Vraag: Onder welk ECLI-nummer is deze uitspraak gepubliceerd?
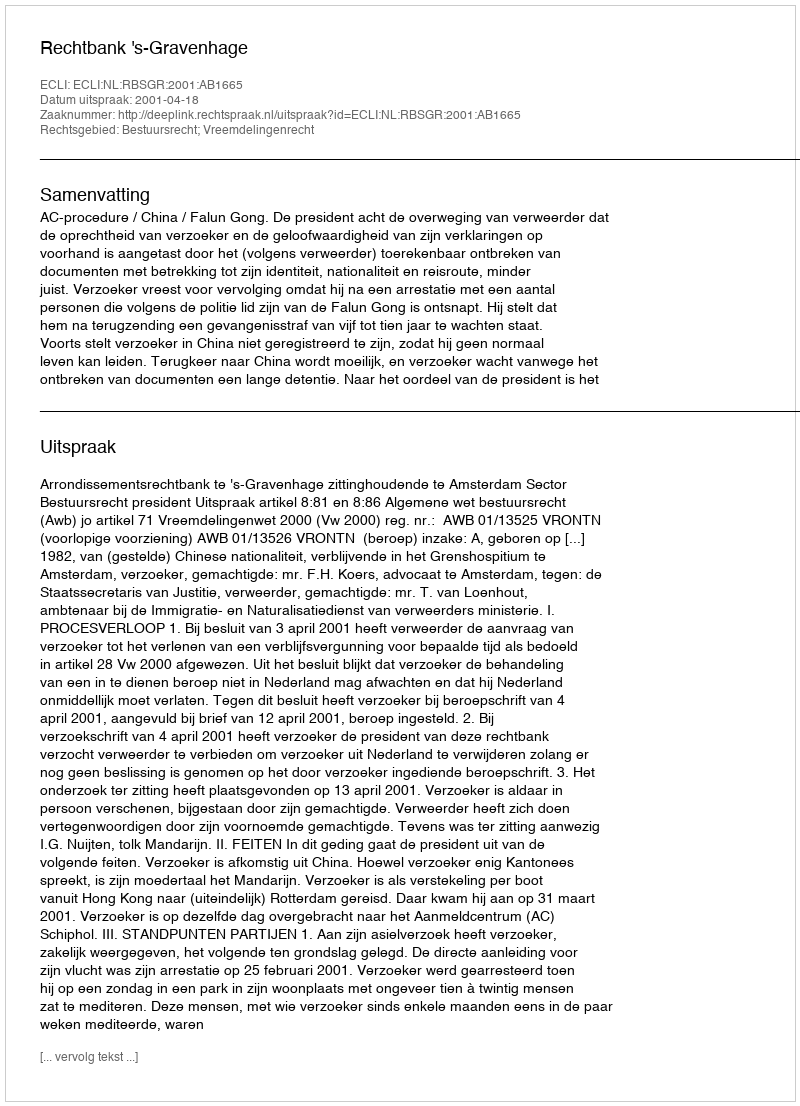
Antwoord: ECLI:NL:RBSGR:2001:AB1665